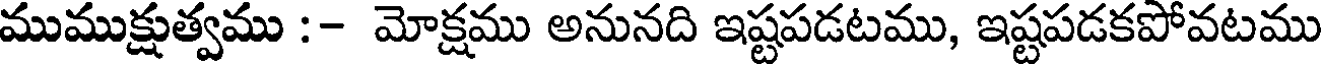
ముముక్షుత్వము :- మోక్షము అనునది ఇష్టపడటము, ఇష్టపడకపోవటము